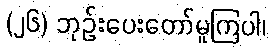
(၂၆) ဘုဉ်းပေးတော်မူကြပါ၊